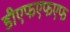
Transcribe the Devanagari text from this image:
डीएफएफएफ